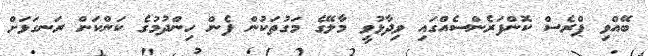
ބޭއްވި ޕްރެސް ކޮންފަރެންސެއްގައި ވިދާޅުވީ މާލޭގެ މަގުތަކުން ފެން ހިންދުމުގެ ކަންކަން ރަނގަޅަށް